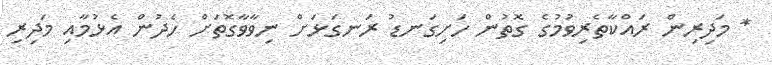
* މަދިރިން ރައްކާތެރިވުމުގެ ގޮތުން ހަށިގަނޑު ރަނގަޅަށް ނިވާވާގޮތަށް ހެދުން އެޅުމާއި މަދިރި